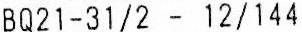
BQ21-31/2 - 12/144